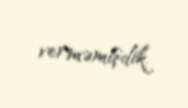
verməmişdik.